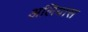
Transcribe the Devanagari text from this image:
अलियास